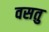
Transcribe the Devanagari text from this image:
वसतु